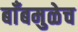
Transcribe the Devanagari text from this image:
बाँबमुळेच